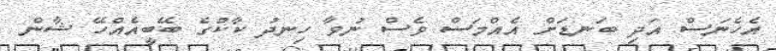
އެހެނަސް އަދި ބަނޑަށް އެއްމަސް ވެސް ނުވާ ހިނދު ކާކުގެ ބޭބީއެއްހޭ ޝާން